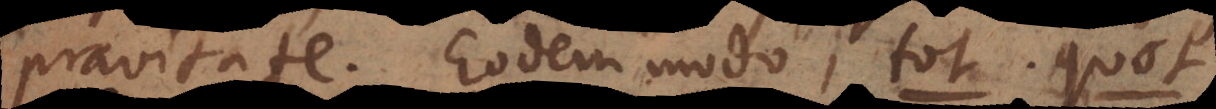
pravitate. Eodem modo, tot, quot.